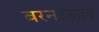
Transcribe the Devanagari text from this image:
बरनाऊल